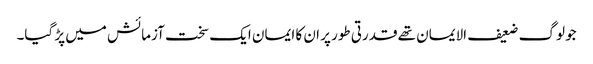
جو لوگ ضعیف الایمان تھے قدرتی طور پر ان کا ایمان ایک سخت آزمائش میں پڑ گیا۔